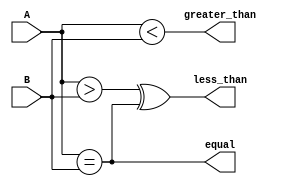
module comparator_64bit (
  input [63:0] A,
  input [63:0] B,
  output equal,
  output less_than,
  output greater_than
);

assign equal = &((A == B));
assign less_than = (&((A > B) ^ (A == B))) ;
assign greater_than = &((A < B));

endmodule